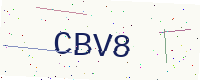
Text: CBV8